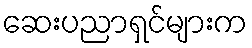
ဆေးပညာရှင်များက